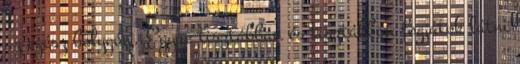
az egész bolygón. Egyre tisztábban és tisztábban fogjátok látni